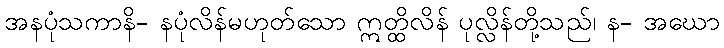
အနပုံသကာနိ- နပုံလိန်မဟုတ်သော ဣတ္ထိလိန် ပုလ္လိန်တို့သည်၊ န- အဃော